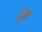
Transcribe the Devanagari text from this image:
तुग्रा